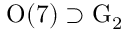
\mathrm { O } ( 7 ) \supset \mathrm { G } _ { 2 }